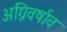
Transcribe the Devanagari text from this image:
अग्निवर्षाव